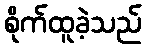
စိုက်ထူခဲ့သည်